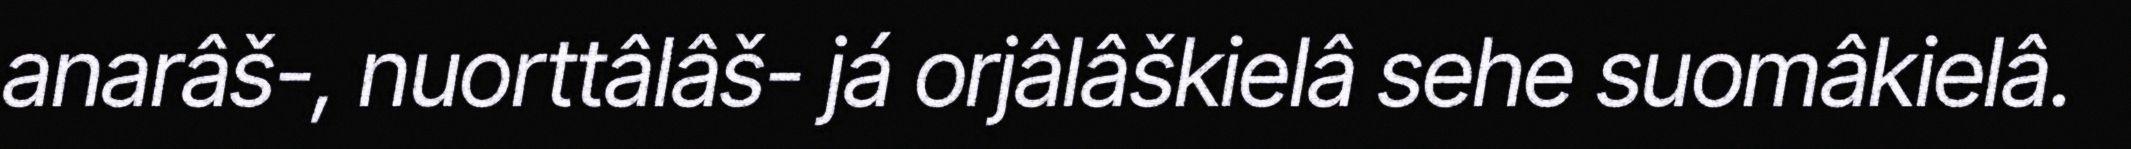
anarâš-, nuorttâlâš- já orjâlâškielâ sehe suomâkielâ.